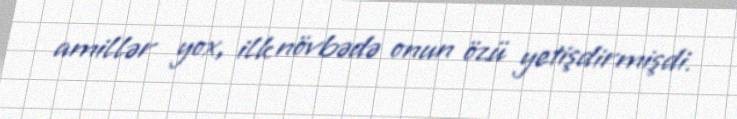
amillər yox, ilk növbədə onun özü yetişdirmişdi.